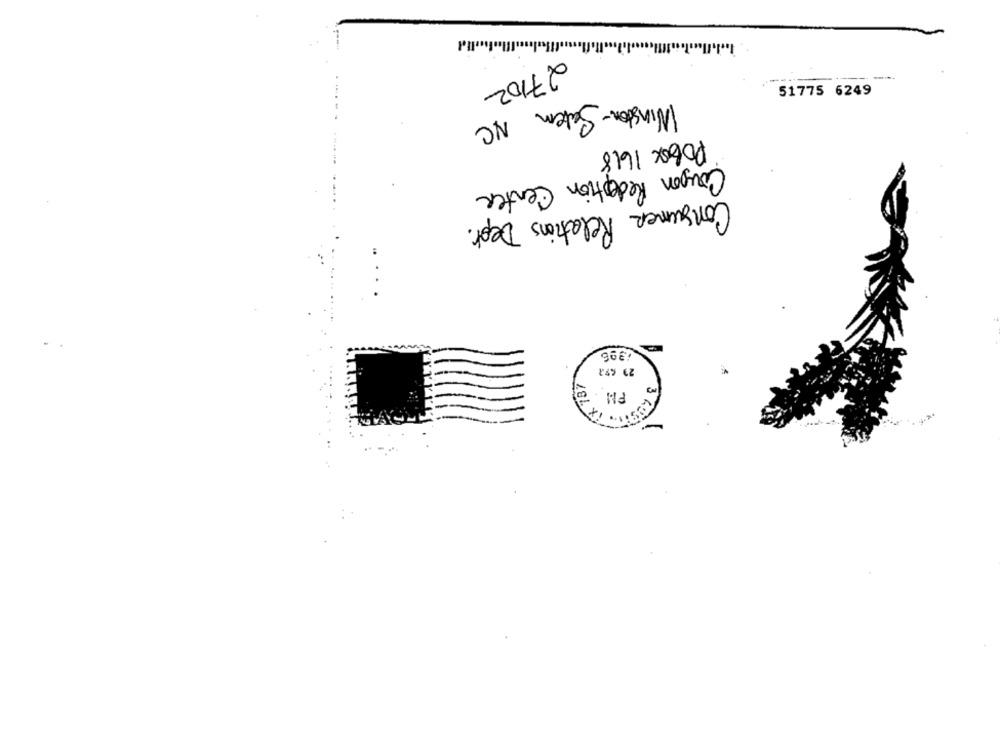
27/02
----
51775 6249
Winston-Salem
NC
POBOX 1618
Coupon Reception Center
Consumer Relations Dept.
1396
23 692
PM